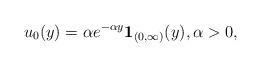
LaTeX: \begin{align*}u_0(y)=\alpha e^{-\alpha y} \mathbf 1 _{(0,\infty)}(y),\alpha >0,\end{align*}